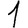
Digit: 1